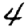
Digit: 4